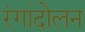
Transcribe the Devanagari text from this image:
रंगांदोलन